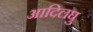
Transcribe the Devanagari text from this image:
आदिलघु